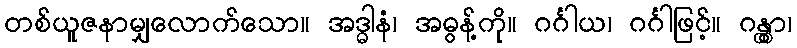
တစ်ယူဇနာမျှလောက်သော။ အဒ္ဓါနံ၊ အဓွန့်ကို။ ဂင်္ဂါယ၊ ဂင်္ဂါဖြင့်။ ဂန္တွာ၊